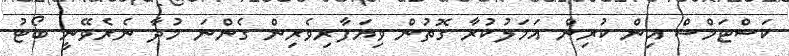
ކަސްޓަމްސް އިން ކުރިން އަމަލުކުރާ ގޮތުން ވިޔަފާރިވެރިން ގެންނަ މުދާ ނެރެވޭނީ ބޯޓު